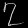
Digit: ၇